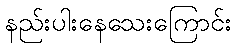
နည်းပါးနေသေးကြောင်း